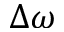
\Delta \omega